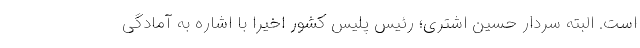
است. البته سردار حسین اشتری؛ رئیس پلیس کشور اخیراً با اشاره به آمادگی